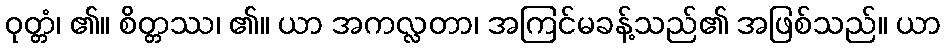
ဝုတ္တံ၊ ၏။ စိတ္တဿ၊ ၏။ ယာ အကလ္လတာ၊ အကြင်မခန့်သည်၏ အဖြစ်သည်။ ယာ